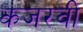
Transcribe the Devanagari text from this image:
कजरवी